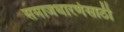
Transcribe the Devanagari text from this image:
समाजधारणेसाठी